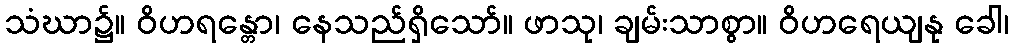
သံဃာ၌။ ဝိဟရန္တော၊ နေသည်ရှိသော်။ ဖာသု၊ ချမ်းသာစွာ။ ဝိဟရေယျနု ခေါ၊